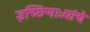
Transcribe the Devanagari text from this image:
इच्छिणाऱ्यांचे